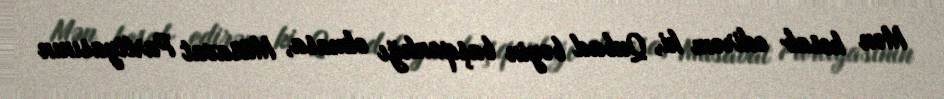
Mən hesab edirəm ki, Qubad bəyin başqanlığı olmasa, Müsavat Partiyasının